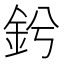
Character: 𨥟